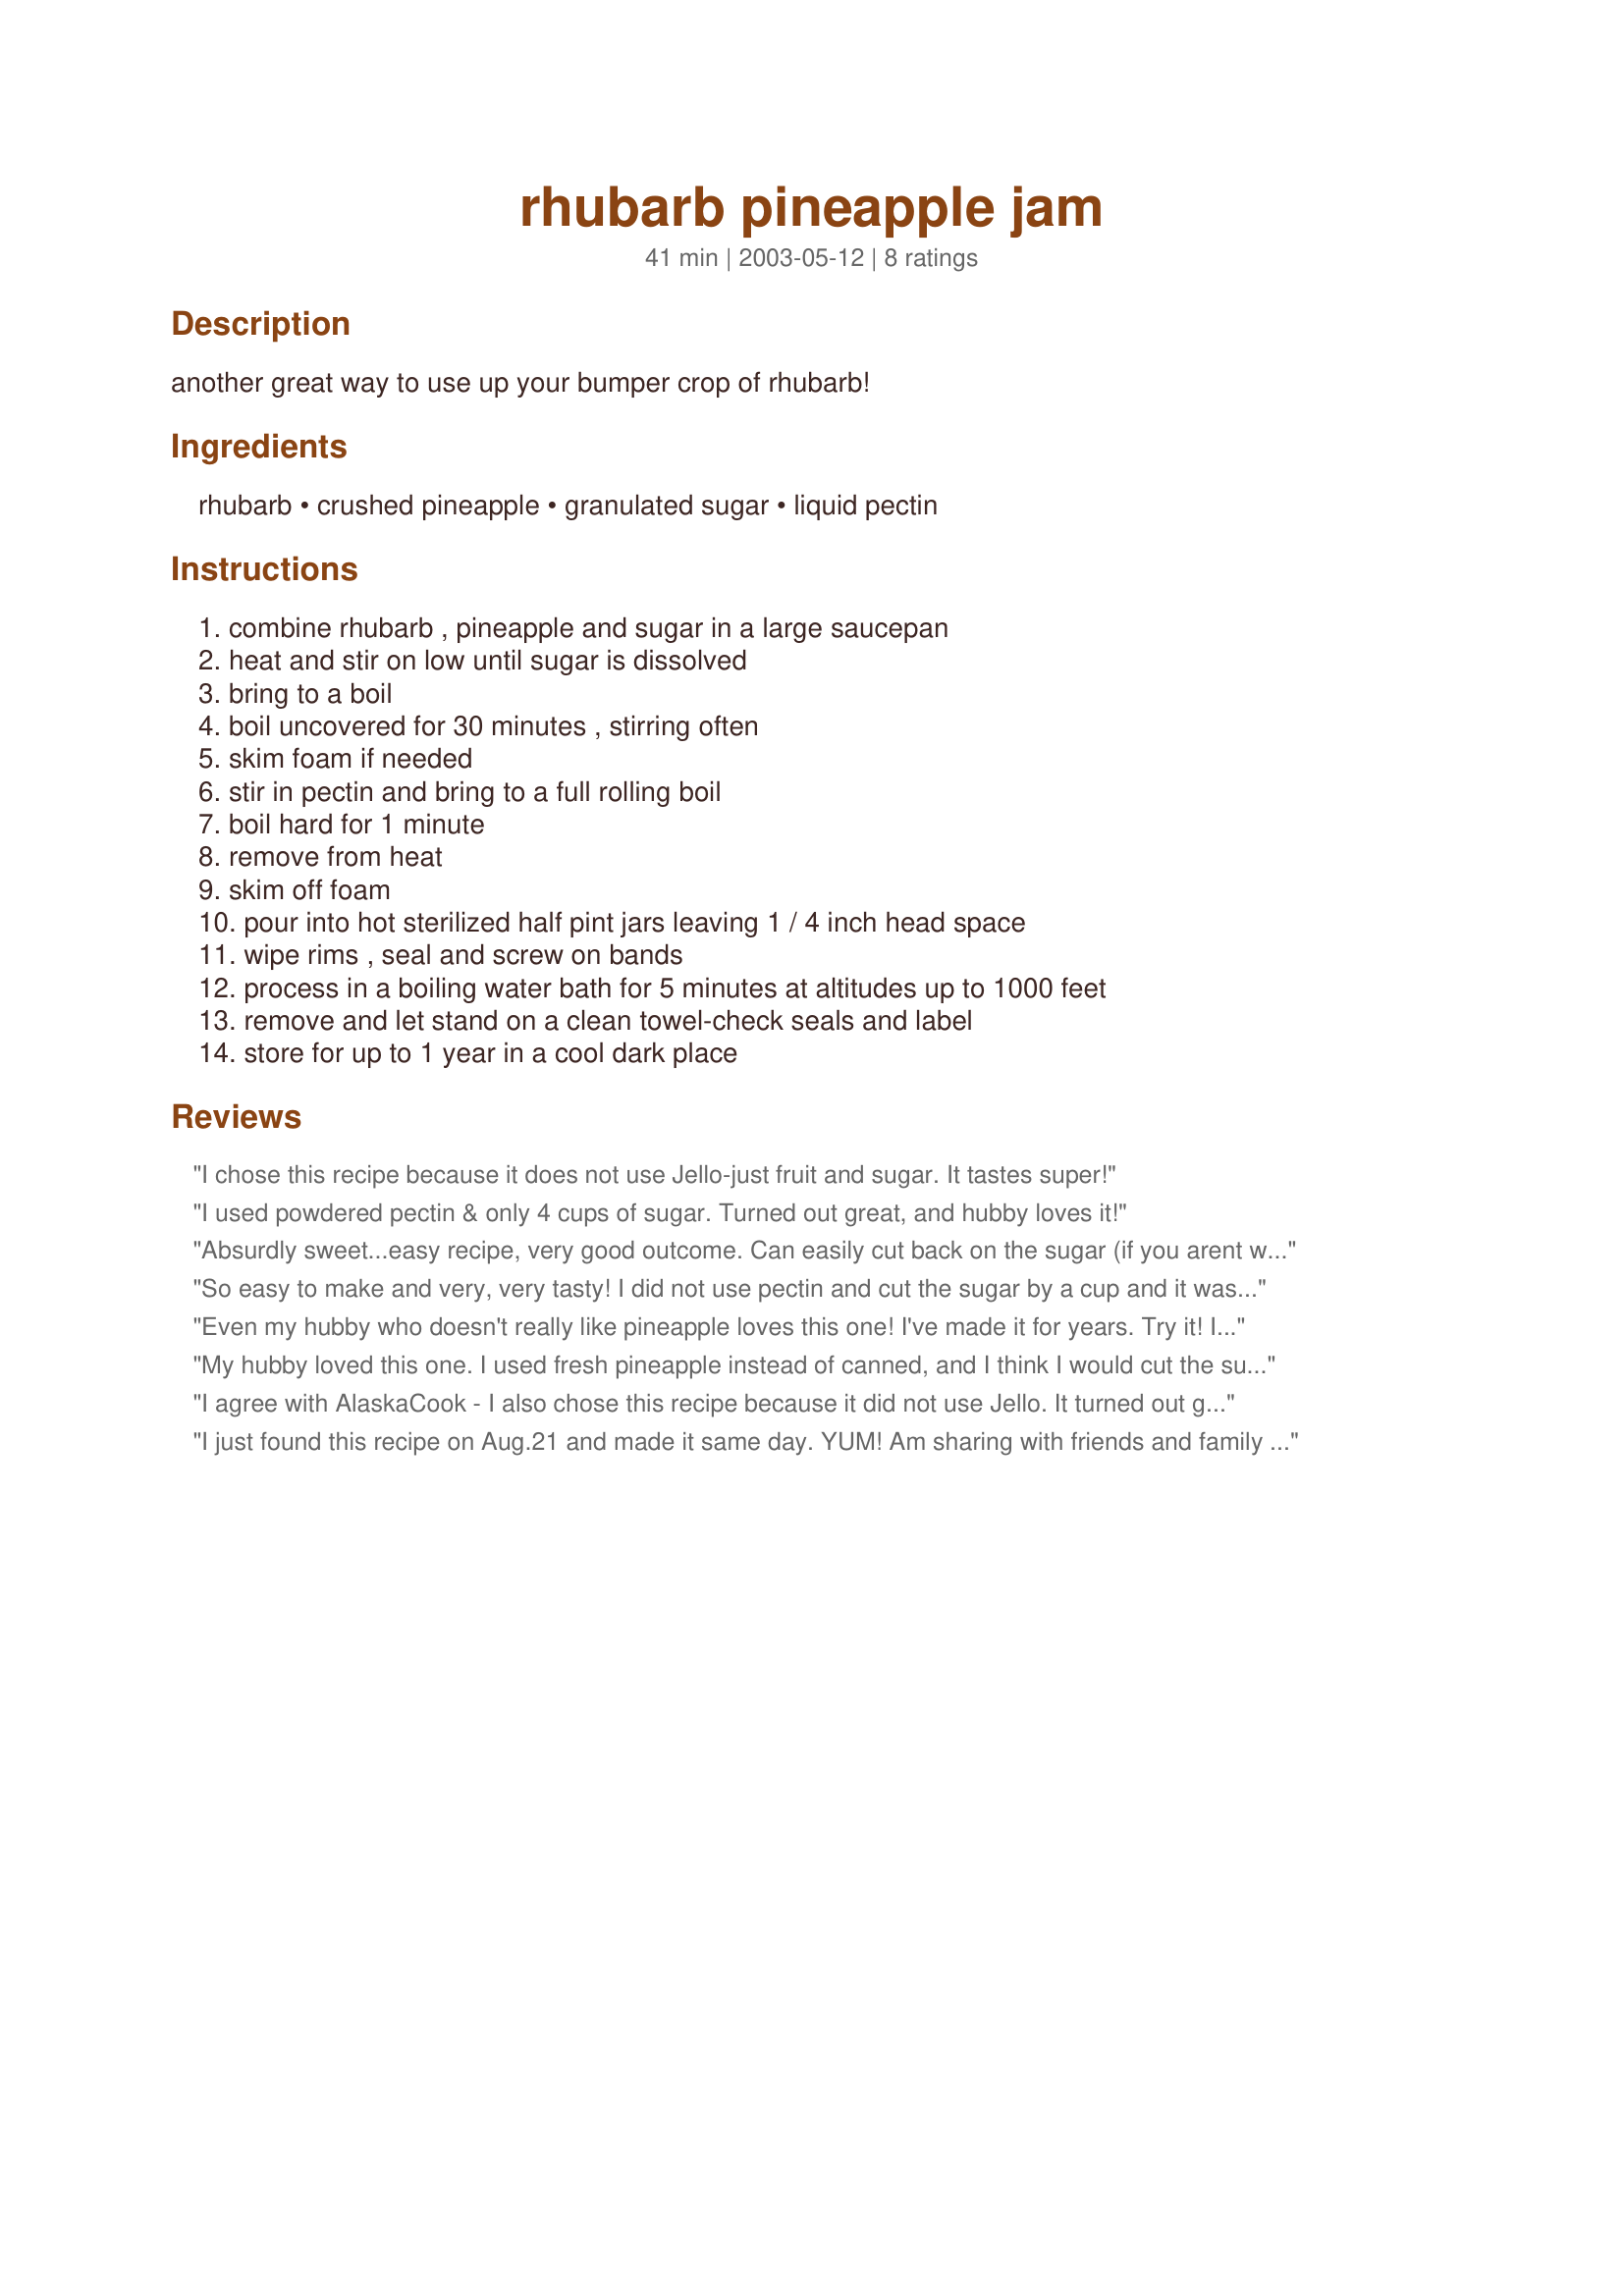
rhubarb pineapple jam
Preparation time: 41 minutes

another great way to use up your bumper crop of rhubarb!

Ingredients:
rhubarb, crushed pineapple, granulated sugar, liquid pectin

Steps:
combine rhubarb , pineapple and sugar in a large saucepan, heat and stir on low until sugar is dissolved, bring to a boil, boil uncovered for 30 minutes , stirring often, skim foam if needed, stir in pectin and bring to a full rolling boil, boil hard for 1 minute, remove from heat, skim off foam, pour into hot sterilized half pint jars leaving 1 / 4 inch head space, wipe rims , seal and screw on bands, process in a boiling water bath for 5 minutes at altitudes up to 1000 feet, remove and let stand on a clean towel-check seals and label, store for up to 1 year in a cool dark place

Reviews:
I chose this recipe because it does not use Jello-just fruit and sugar. It tastes super!
I used powdered pectin & only 4 cups of sugar. Turned out great, and hubby loves it!
Absurdly sweet...easy recipe, very good outcome. Can easily cut back on the sugar (if you arent worried about the canning police showing up if you change the recipe)...I only had powdered pectin; I found the conversion recipe below: and I had a fresh pineapple on my counter beggin to be eaten, so fresh it was. On the whole pectin subject, this got really thick even before adding the pectin...I might use less pectin on future batches for a runnier sauce, rather than thick 'jelly' like jam. FYI Pineapple jam is a great base for homemade Teriyaki and sweet and sour sauce, this will more likely to be a base to other recipes at my house than hitting English muffins. Will definitely be making this one again. Only complaint is the yeild...4 1/2 pints, its a lot of time to only make 1 batch, but Im superstitious, never seem to have luck when I double jam recipes...so starting batch 2 while my kitchen is dirty... Found this to convert Powdered Pectin to liquid: 1 Tbsp liquid pectin = 2 tsp powdered pectin. I found this at homesteadingtoday.com: How To Convert Powdered Pectin To Liquid Pectin: Mix 1 package powdered pectin in 1/2 cup water and boil for 1 minute. Pour into a measuring cup and add enough water to make 1 cup. Use as you would liquid pectin.
So easy to make and very, very tasty! I did not use pectin and cut the sugar by a cup and it was still plenty sweet for me. I may have reduced the jam a bit long to make up for the lack of pectin because it's a little thick, but the pineapple flavor comes through very nicely. Thanks for a great new way to use rhubarb and pineapple!
Even my hubby who doesn't really like pineapple loves this one! I've made it for years. Try it! It's yummmmmmy!
My hubby loved this one. I used fresh pineapple instead of canned, and I think I would cut the sugar down to 4 cups, but that's just my preference
I agree with AlaskaCook - I also chose this recipe because it did not use Jello. It turned out great, has a nice flavor and I will definitely make it again.
I just found this recipe on Aug.21 and made it same day. YUM! Am sharing with friends and family and getting rave reviews.
